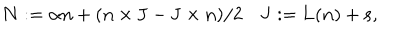
LaTeX: { \bf N } : = { \alpha } { \bf n } + ( { \bf n } \times { \bf J } - { \bf J } \times { \bf n } ) / 2 \quad { \bf J } : = { \bf L } ( { \bf n } ) + { \bf s } ,